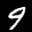
Label: 9